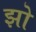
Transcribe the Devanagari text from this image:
झो